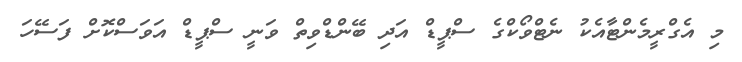
މި އެގްރީމެންޓާއެކު ނެޓްވޯކްގެ ސްޕީޑް އަދި ބޭންޑްވިތް ވަނީ ސްޕީޑް އަވަސްކޮށް ފަސޭހަ